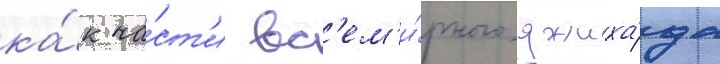
ка́к ча́ст'и вс'ем'и́рного джиха́да